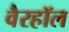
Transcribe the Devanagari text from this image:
वैरहॉल